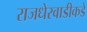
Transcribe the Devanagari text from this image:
राजधेरवाडीकडे